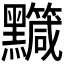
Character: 𪒹